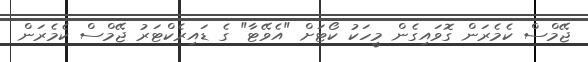
ޖޭމްސް ކެމެރަން ގޮވައިގެން މީހަކު ކޯޓަށް "އެވޭޓާ" ގެ ޑައިރެކްޓަރު ޖޭމްސް ކެމެރަން